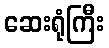
ဆေးရုံကြီး